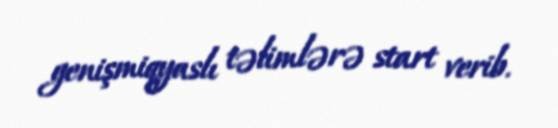
genişmiqyaslı təlimlərə start verib.